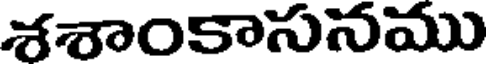
శశాంకాసనము